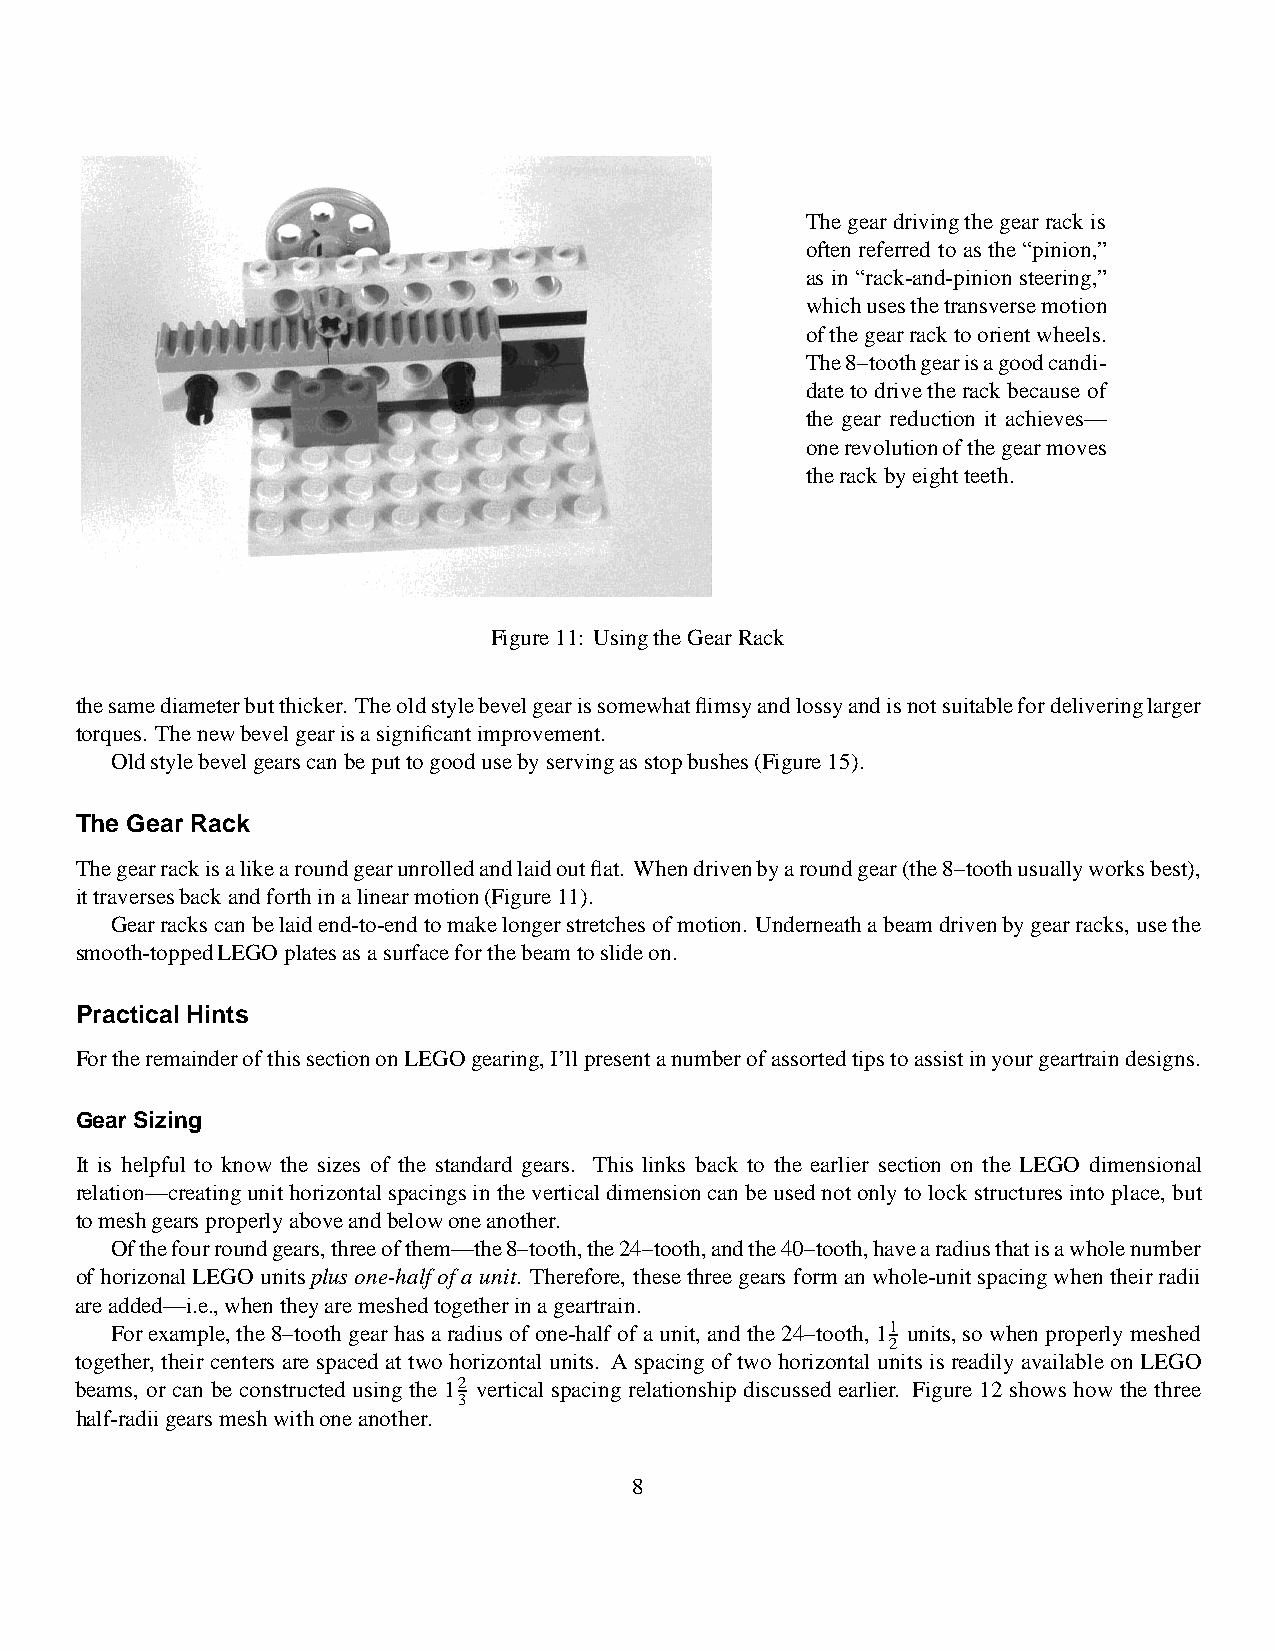
The gear drivingthe gear rack is
 often referred to as the “pinion,”
 as in “rack-and-pinion steering,”
 whichusesthetransversemotion
 ofthegearracktoorientwheels.
 The8–toothgearisagoodcandi-
 date to drivethe rack because of
 the gear reduction it achieves—
 onerevolutionofthegearmoves
 therackbyeightteeth.
 Figure11: UsingtheGearRack
 thesamediameterbutthicker. Theoldstylebevelgearissomewhatflimsyandlossyandisnotsuitablefordeliveringlarger
 torques. Thenewbevelgearisasignificantimprovement.
 Oldstylebevelgearscanbeputtogoodusebyservingasstopbushes(Figure15).
 The Gear Rack
 Thegearrackisalikearoundgearunrolledandlaidoutflat. Whendrivenbyaroundgear(the8–toothusuallyworksbest),
 ittraversesbackandforthinalinearmotion(Figure11).
 Gearrackscanbelaidend-to-endtomakelongerstretchesofmotion. Underneathabeamdrivenbygearracks, usethe
 smooth-toppedLEGOplatesasasurfaceforthebeamtoslideon.
 PracticalHints
 FortheremainderofthissectiononLEGOgearing,I’llpresentanumberofassortedtipstoassistinyourgeartraindesigns.
 Gear Sizing
 It is helpful to know the sizes of the standard gears. This links back to the earlier section on the LEGO dimensional
 relation—creatingunithorizontalspacingsin theverticaldimensioncan be usednotonlytolock structuresintoplace, but
 tomeshgearsproperlyaboveandbelowoneanother.
 Ofthefourroundgears,threeofthem—the8–tooth,the24–tooth,andthe40–tooth,havearadiusthatisawholenumber
 of horizonalLEGO unitsplusone-halfofa unit. Therefore, thesethree gears forman whole-unitspacingwhen theirradii
 areadded—i.e.,whentheyaremeshedtogetherinageartrain.
 Forexample,the 8–toothgear has a radius of one-half of a unit, and the 24–tooth,11 units,so when properlymeshed
 2
 together, their centers are spaced at two horizontal units. A spacing of two horizontal units is readily availableon LEGO
 beams, or can be constructed using the 12 vertical spacing relationship discussed earlier. Figure 12 showshow the three
 3
 half-radiigearsmeshwithoneanother.
 8